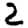
Digit: 2